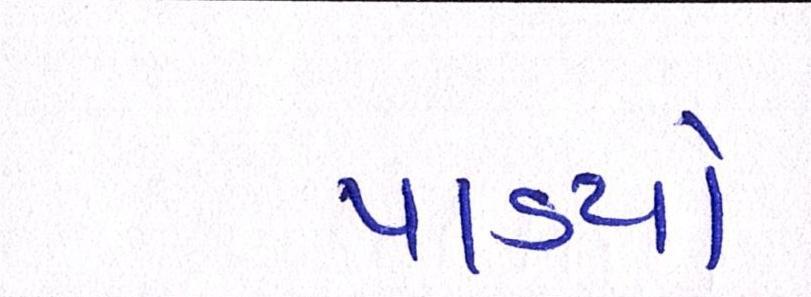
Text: પાડયો